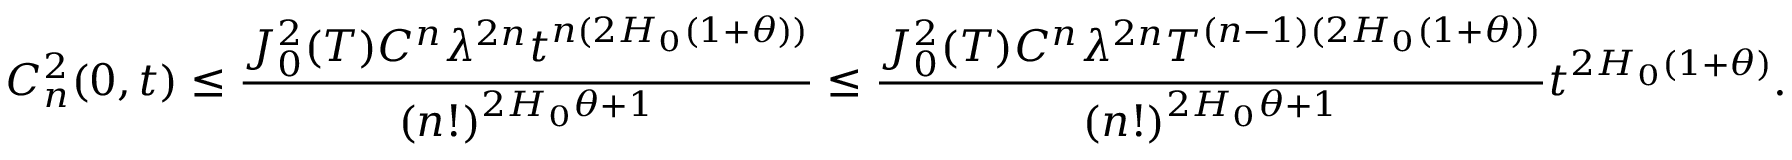
C _ { n } ^ { 2 } ( 0 , t ) \leq \frac { J _ { 0 } ^ { 2 } ( T ) C ^ { n } \lambda ^ { 2 n } t ^ { n ( 2 H _ { 0 } ( 1 + \theta ) ) } } { ( n ! ) ^ { 2 H _ { 0 } \theta + 1 } } \leq \frac { J _ { 0 } ^ { 2 } ( T ) C ^ { n } \lambda ^ { 2 n } T ^ { ( n - 1 ) ( 2 H _ { 0 } ( 1 + \theta ) ) } } { ( n ! ) ^ { 2 H _ { 0 } \theta + 1 } } t ^ { 2 H _ { 0 } ( 1 + \theta ) } .